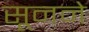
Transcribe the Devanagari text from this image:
सूनने